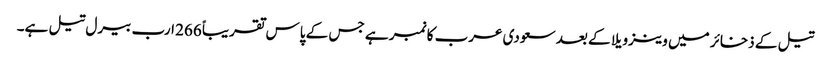
تیل کے ذخائر میں وینزویلا کے بعد سعودی عرب کا نمبر ہے جس کے پاس تقریباً 266 ارب بیرل تیل ہے۔